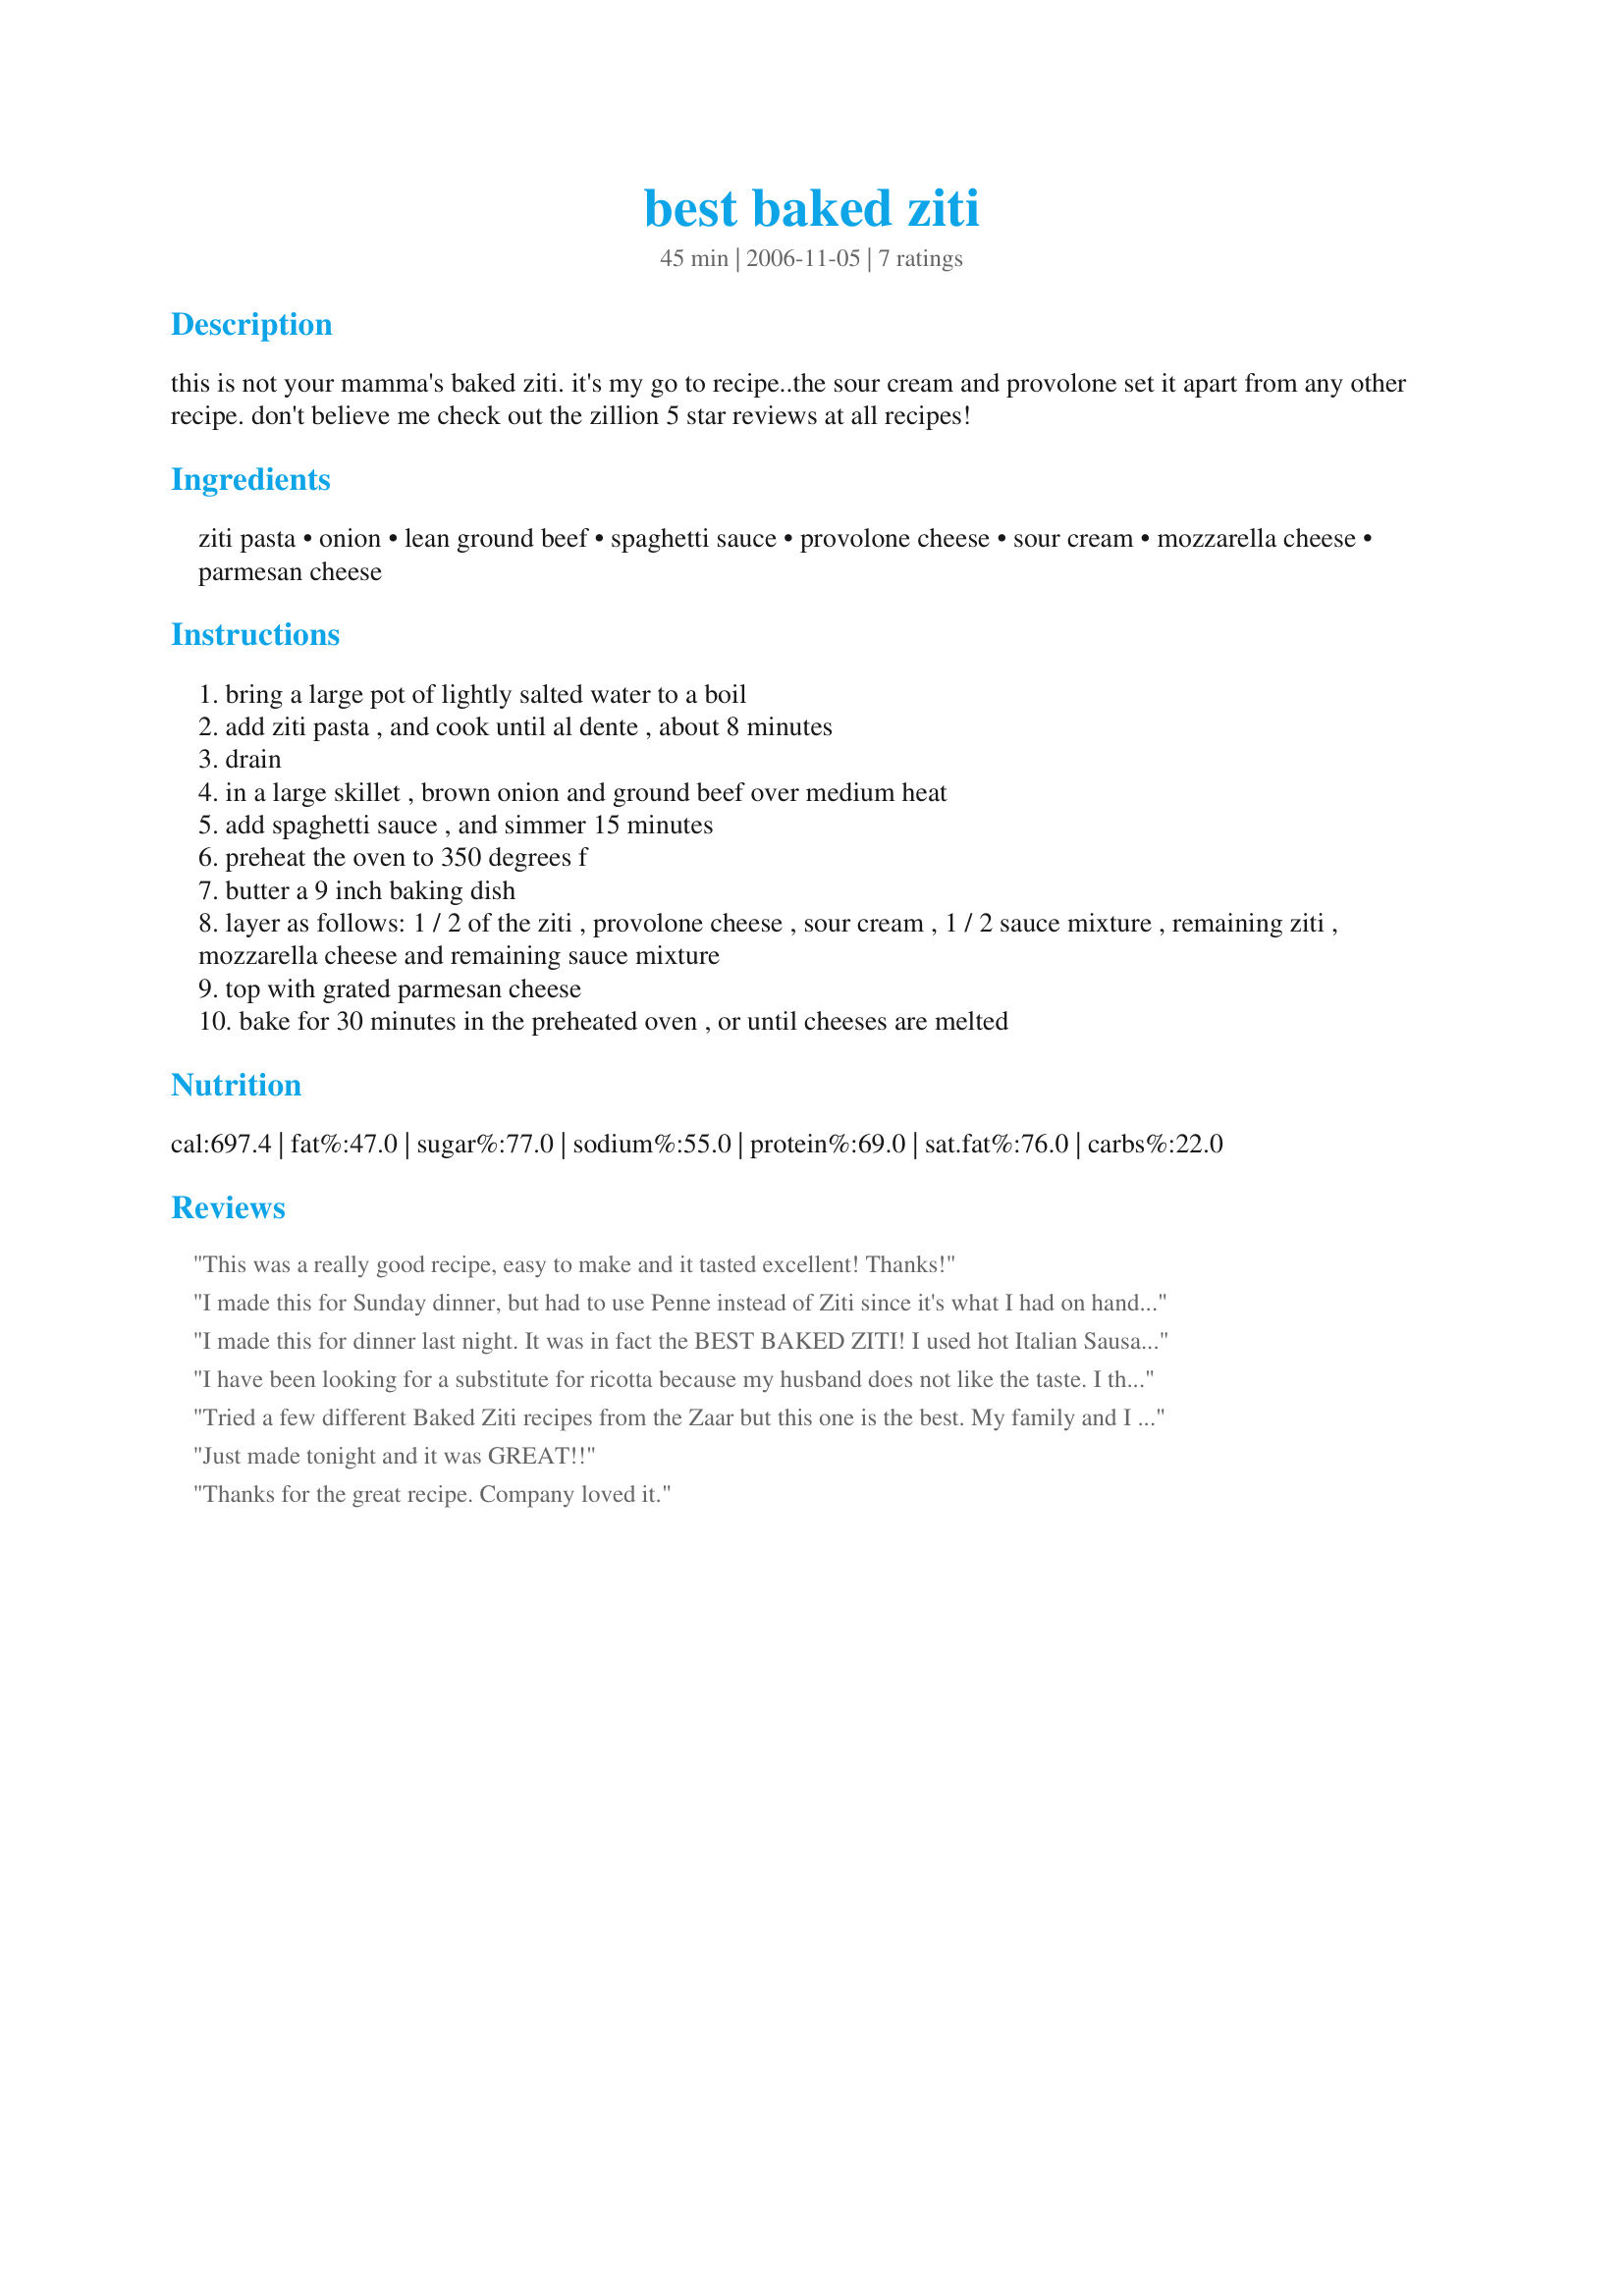
best baked ziti
Preparation time: 45 minutes

this is not your mamma's baked ziti. it's my go to recipe..the sour cream and provolone set it apart from any other recipe. don't believe me check out the zillion 5 star reviews at all recipes!

Ingredients:
ziti pasta, onion, lean ground beef, spaghetti sauce, provolone cheese, sour cream, mozzarella cheese, parmesan cheese

Steps:
bring a large pot of lightly salted water to a boil
add ziti pasta , and cook until al dente , about 8 minutes
drain
in a large skillet , brown onion and ground beef over medium heat
add spaghetti sauce , and simmer 15 minutes
preheat the oven to 350 degrees f
butter a 9 inch baking dish
layer as follows: 1 / 2 of the ziti , provolone cheese , sour cream , 1 / 2 sauce mixture , remaining ziti , mozzarella cheese and remaining sauce mixture
top with grated parmesan cheese
bake for 30 minutes in the preheated oven , or until cheeses are melted

Reviews:
This was a really good recipe, easy to make and it tasted excellent! Thanks!
I made this for Sunday dinner, but had to use Penne instead of Ziti since it's what I had on hand. This turned out to be some of the best pasta we've ever had. I think the addition of sour cream made all the difference. We'll definitely be having this again. Great recipe!!!
I made this for dinner last night. It was in fact the BEST BAKED ZITI! I used hot Italian Sausage because that's what I had. Plus added some garlic and serrano peppers. It was so cheesy, gooey, and yummy! I will be making this again for sure! Thanks greysangel for the simple, comforting recipe!
I have been looking for a substitute for ricotta because my husband does not like the taste. I thought he would like it better with sour cream, but he didn't. I think he prefers no sour cream and no ricotta, but the rest of my family loved it! We thought it was really good! Thanks for the recipe!
Tried a few different Baked Ziti recipes from the Zaar but this one is the best. My family and I love it. The sour cream and provolone cheese make it much better than the other recipes. It is the only recipe that tasted good with the ground beef in it also. It is a great recipe, Highly recommended.
Just made tonight and it was GREAT!!
Thanks for the great recipe. Company loved it.
